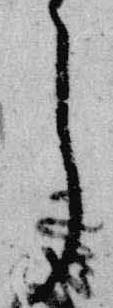
了